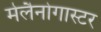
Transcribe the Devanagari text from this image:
मेलैनोगास्टर